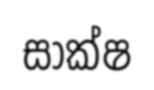
සාක්ෂ